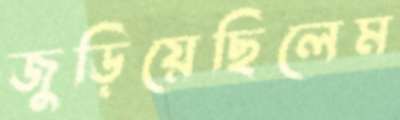
জুড়িয়েছিলেম